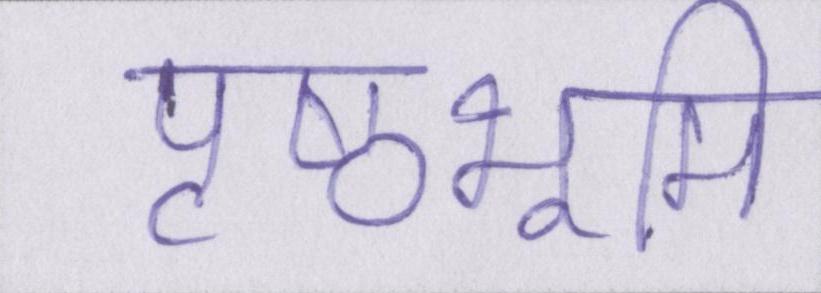
पृष्ठभूमि